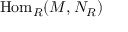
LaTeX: { \mathrm { H o m } } _ { R } ( M , N _ { R } )